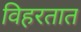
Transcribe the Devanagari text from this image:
विहरतात